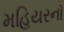
મહિયરનો